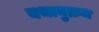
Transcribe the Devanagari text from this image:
यथानुक्रम